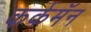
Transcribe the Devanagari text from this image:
कर्कमॅन